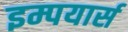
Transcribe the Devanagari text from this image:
इम्पयार्स